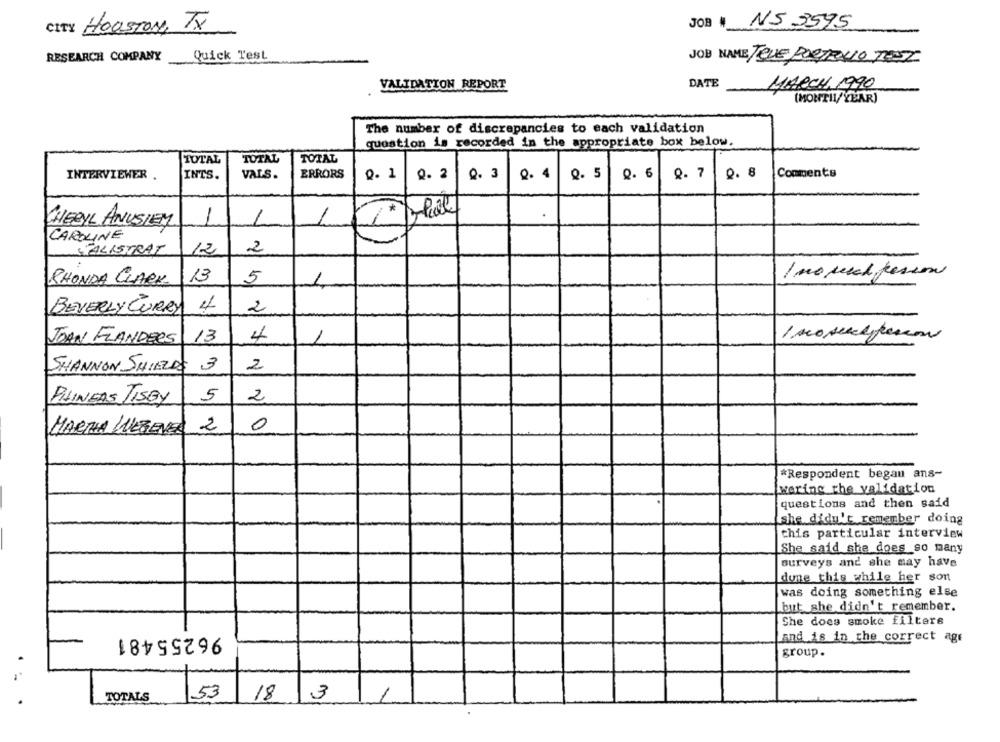
CITY HOUSTON, TX
JOB 4 NS 3595
RESEARCH COMPANY
Quick Test
JOB NAME TELE PORTENIO TRAT
VALIDATION REPORT
DATE
MARCH 1990
(MONTHI/YEAR)
The number of discrepancies to each validation
question is recorded in the appropriate box below.
TOTAL
TOTAL
TOTAL
INTERVIEWER
INTS.
VALS.
ERRORS
0.1
Q. 2
0. 3
0. 4
Q. 5
Q. 6
Q. 7
0. 8
Comments
CHERYL ANUSIEM
-
1
1
CAROLINE
STALISTRAT
12
2
I no such person
SHONDA CLARK
13
5
1
BEVERLY CURRY 4
2
JOAN FLANDERS
13
4
SHANNON SHIELDS 3
2
PILINEAS TISEY
5
2
MARTHA WEGENER 2
0
*Respondent began ans-
wering the validation
questions and then said
she didult remember doing
this particular interview
She said she does so many
surveys and she may have
dune this while her son
was doing something else
but she didn't remember.
She does smoke filters
96255481
and is in the correct agr
group.
TOTALS
53
18
13
1